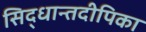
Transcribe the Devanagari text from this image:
सिद्धान्तदीपिका